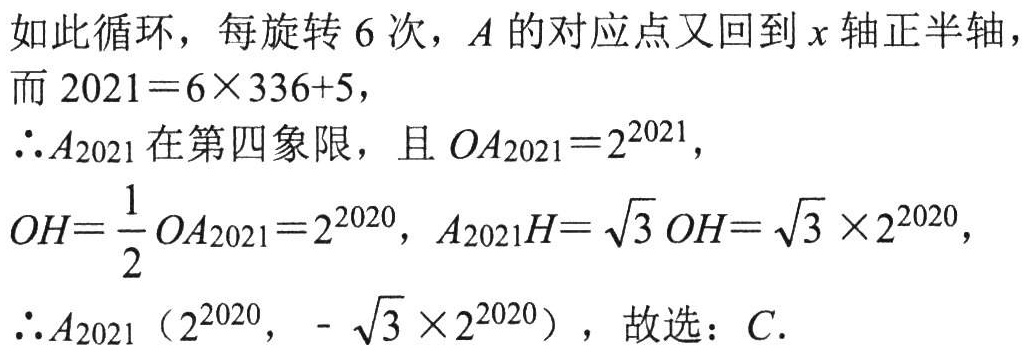
如此循环，每旋转 \(6\) 次，\(A\) 的对应点又回到 \(x\) 轴正半轴，

而 \(2021 = 6\times336 + 5\)，

\(\therefore A_{2021}\) 在第四象限，且 \(OA_{2021}=2^{2021}\)，

\(OH = \dfrac{1}{2}OA_{2021}=2^{2020}\)，\(A_{2021}H = \sqrt{3}OH=\sqrt{3}\times2^{2020}\)，

\(\therefore A_{2021}\left(2^{2020},-\sqrt{3}\times2^{2020}\right)\)，故选：\(C\).